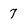
Character: 7